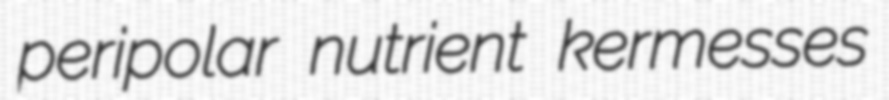
peripolar nutrient kermesses